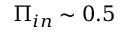
\Pi _ { i n } \sim 0 . 5